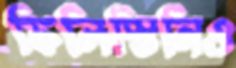
ফিলিস্তিনিও